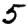
Digit: 5